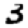
Digit: 3